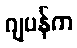
ဂျပန်က